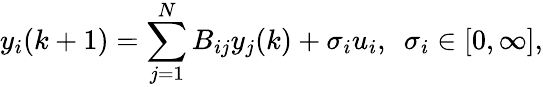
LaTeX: y_{i}(k+1)=\sum_{j=1}^{N}B_{ij}y_{j}(k)+\sigma_{i}u_{i},\ \ \sigma_{i}\in[0,\infty],